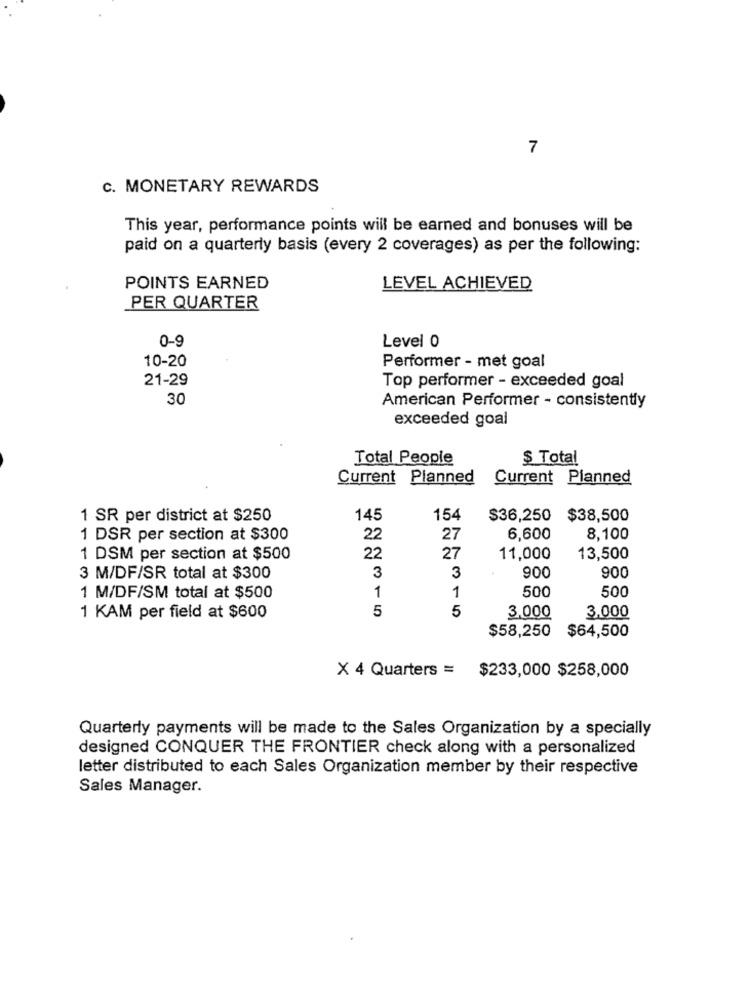
7
c. MONETARY REWARDS
This year, performance points will be earned and bonuses will be
paid on a quarterly basis (every 2 coverages) as per the following:
POINTS EARNED
LEVEL ACHIEVED
PER QUARTER
0-9
Level 0
10-20
Performer - met goal
21-29
Top performer - exceeded goal
30
American Performer - consistently
exceeded goal
Total People
$ Total
Current Planned
Current Planned
1 SR per district at $250
145
154
$36,250 $38,500
1 DSR per section at $300
22
27
6,600
8,100
1 DSM per section at $500
22
27
11,000
13,500
3 M/DF/SR total at $300
3
3
900
900
1
1
500
500
1 M/DF/SM total at $500
5
5
3,000
3,000
1 KAM per field at $600
$58,250 $64,500
X 4 Quarters = $233,000 $258,000
Quarterly payments will be made to the Sales Organization by a specially
designed CONQUER THE FRONTIER check along with a personalized
letter distributed to each Sales Organization member by their respective
Sales Manager.